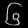
Digit: ၆